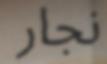
نجار